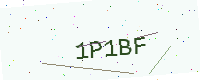
Text: 1P1BF